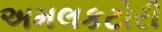
અમલકટોરી